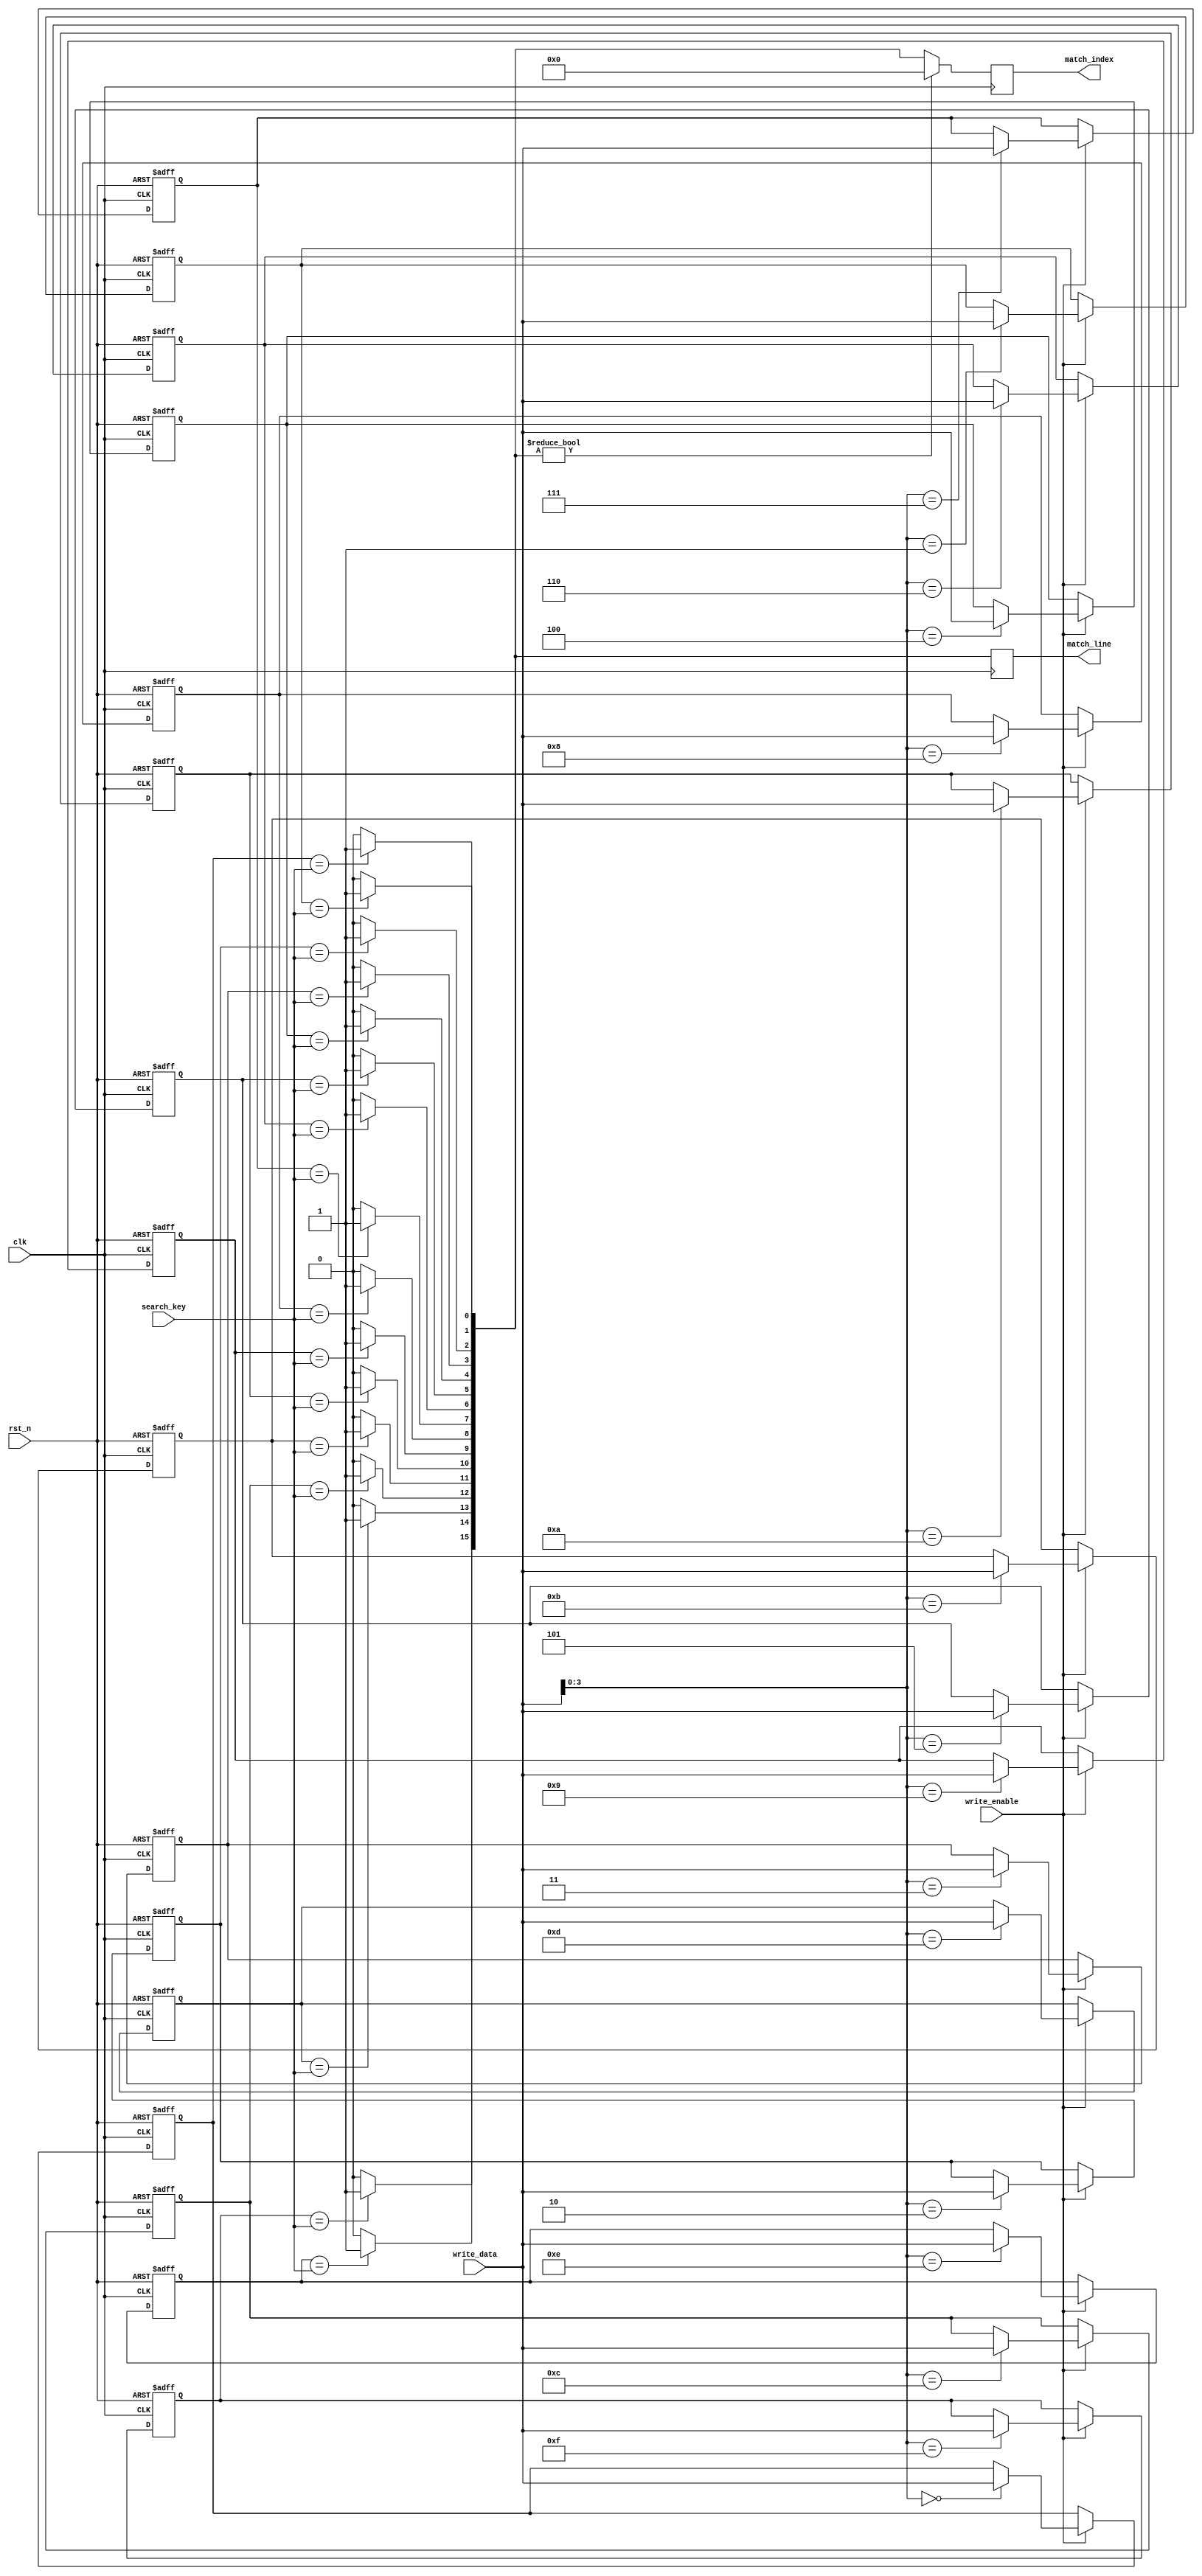
module energy_efficient_cam #(
    parameter WORD_SIZE = 8,  // Number of bits per entry
    parameter DEPTH = 16       // Number of entries
)(
    input wire clk,
    input wire rst_n,
    input wire [WORD_SIZE-1:0] search_key,
    input wire write_enable,
    input wire [WORD_SIZE-1:0] write_data,
    output reg [DEPTH-1:0] match_line,
    output reg [DEPTH-1:0] match_index
);

    // Memory array to store entries
    reg [WORD_SIZE-1:0] cam_array [0:DEPTH-1];

    // Internal signals
    reg [DEPTH-1:0] match_temp;
    integer i;

    // Write operation
    always @(posedge clk or negedge rst_n) begin
        if (!rst_n) begin
            // Reset CAM entries
            for (i = 0; i < DEPTH; i = i + 1) begin
                cam_array[i] <= {WORD_SIZE{1'b0}};
            end
        end else if (write_enable) begin
            // Write data to CAM
            cam_array[write_data[3:0]] <= write_data; // Assuming lower 4 bits of write_data are used as address
        end
    end

    // Search operation
    always @(*) begin
        match_temp = 0; // Clear match_temp
        for (i = 0; i < DEPTH; i = i + 1) begin
            if (cam_array[i] == search_key) begin
                match_temp[i] = 1'b1; // Set match line for matching entry
            end
        end
    end

    // Match line output
    always @(posedge clk) begin
        match_line <= match_temp; // Update match line
        match_index <= match_temp ? {DEPTH{1'b0}} : match_temp; // Update match index (priority encoding can be added)
    end

endmodule